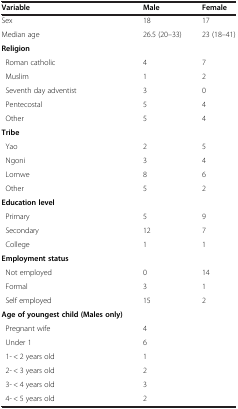
| Variable | Male | Female |
 | --- | --- | --- |
 | Sex | 18 | 17 |
 | Median age | 26.5 (20–33) | 23 (18–41) |
 | Religion |  |  |
 | Roman catholic | 4 | 7 |
 | Muslim | 1 | 2 |
 | Seventh day adventist | 3 | 0 |
 | Pentecostal | 5 | 4 |
 | Other | 5 | 4 |
 | Tribe |  |  |
 | Yao | 2 | 5 |
 | Ngoni | 3 | 4 |
 | Lomwe | 8 | 6 |
 | Other | 5 | 2 |
 | Education level |  |  |
 | Primary | 5 | 9 |
 | Secondary | 12 | 7 |
 | College | 1 | 1 |
 | Employment status |  |  |
 | Not employed | 0 | 14 |
 | Formal | 3 | 1 |
 | Self employed | 15 | 2 |
 | Age of youngest child (Males only) |  |  |
 | Pregnant wife | 4 |  |
 | Under 1 | 6 |  |
 | 1- < 2 years old | 1 |  |
 | 2- < 3 years old | 2 |  |
 | 3- < 4 years old | 3 |  |
 | 4- < 5 years old | 2 |  |